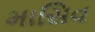
માસિવ